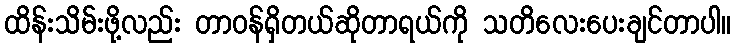
ထိန်းသိမ်းဖို့လည်း တာဝန်ရှိတယ်ဆိုတာရယ်ကို သတိလေးပေးချင်တာပါ။